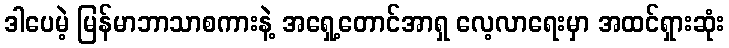
ဒါပေမဲ့ မြန်မာဘာသာစကားနဲ့ အရှေ့တောင်အာရှ လေ့လာရေးမှာ အထင်ရှားဆုံး